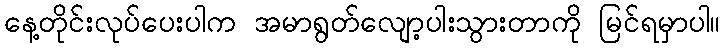
နေ့တိုင်းလုပ်ပေးပါက အမာရွတ်လျော့ပါးသွားတာကို မြင်ရမှာပါ။